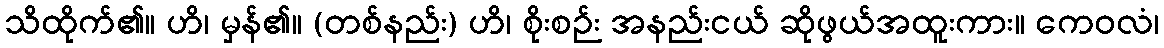
သိထိုက်၏။ ဟိ၊ မှန်၏။ (တစ်နည်း) ဟိ၊ စိုးစဉ်း အနည်းငယ် ဆိုဖွယ်အထူးကား။ ကေဝလံ၊